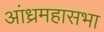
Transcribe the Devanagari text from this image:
आंध्रमहासभा